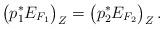
LaTeX: \begin{align*}\bigl(p_1^*E_{F_1}\bigr)_{Z}=\bigl(p_2^*E_{F_2}\bigr)_{Z}\,.\end{align*}